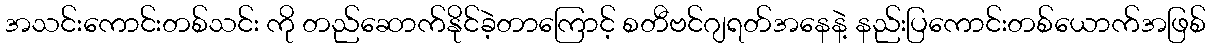
အသင်းကောင်းတစ်သင်း ကို တည်ဆောက်နိုင်ခဲ့တာကြောင့် စတီဗင်ဂျရတ်အနေနဲ့ နည်းပြကောင်းတစ်ယောက်အဖြစ်